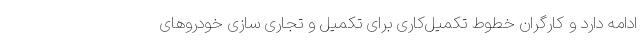
ادامه دارد و کارگران خطوط تکمیل‌کاری برای تکمیل و تجاری سازی خودروهای